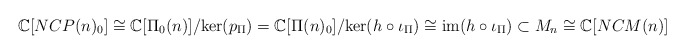
\begin{align*}\mathbb{C}[NCP(n)_0] \cong \mathbb{C}[\Pi_0(n)]/ \mathrm{ker}(p_\Pi) = \mathbb{C}[\Pi(n)_0]/\mathrm{ker}(h\circ \iota_\Pi) \cong \mathrm{im}(h\circ \iota_\Pi) \subset M_n \cong \mathbb{C}[NCM(n)] \end{align*}